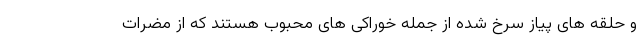
و حلقه های پیاز سرخ شده از جمله خوراکی های محبوب هستند که از مضرات